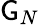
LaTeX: \mathsf{G}_{N}